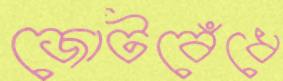
জোটবেঁধে